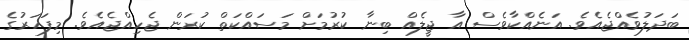
ބަދަލުވެއްޖެއެވެ. އަނެއްކާވެސް އާ ޖީލެއް ބިނާ ކުރުމަށް މަސައްކަތް ކުރަން ޖެހިއްޖެއެވެ. މިފަހަރުގެ